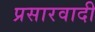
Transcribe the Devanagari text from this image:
प्रसारवादी